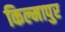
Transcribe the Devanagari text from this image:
किल्मापुर